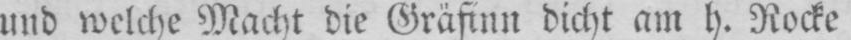
und welche Macht die Gräfinn dicht am h. Rocke